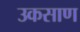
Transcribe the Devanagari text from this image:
उकसाण